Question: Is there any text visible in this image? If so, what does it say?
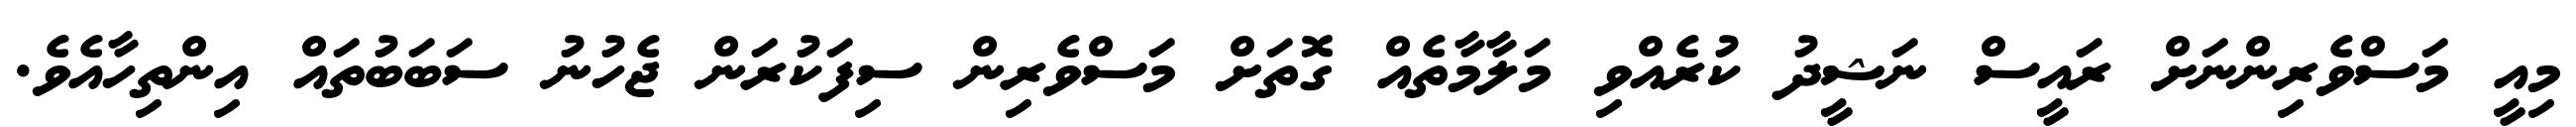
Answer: މިއީ މަސްވެރިންނަށް ރައީސް ނަޝީދު ކުރެއްވި މަލާމާތެއް ގޮތަށް މަސްވެރިން ސިފަކުރަން ޖެހުނު ސަބަބުތައް އިންތިހާއެވެ.